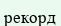
рекорд